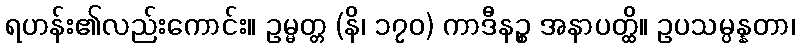
ရဟန်း၏လည်းကောင်း။ ဥမ္မတ္တ (နိ၊ ၁၇၀) ကာဒီနဉ္စ အနာပတ္ထိ။ ဥပသမ္ပန္နတာ၊